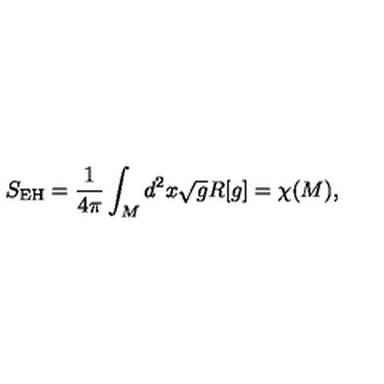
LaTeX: S _ { \mathrm { E H } } = \frac { 1 } { 4 \pi } \int _ { M } d ^ { 2 } x \sqrt { g } R [ g ] = \chi ( M ) ,